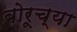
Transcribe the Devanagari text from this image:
बोरूच्या